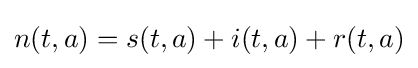
n(t,a)=s(t,a)+i(t,a)+r(t,a)